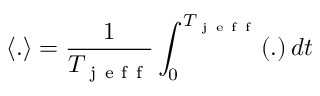
\langle . \rangle = \frac { 1 } { T _ { \mathrm { ~ j ~ e ~ f ~ f ~ } } } \int _ { 0 } ^ { T _ { \mathrm { ~ j ~ e ~ f ~ f ~ } } } ( . ) \, d t